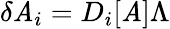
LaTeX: \delta\mathit{A}_{i}=D_{i}[\mathit{A}]\Lambda